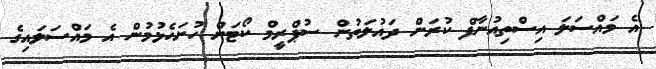
އެ މައްސަލަ އިސްތިއުނާފް ކުރަން ދައުލަތުން ސުޕްރީމް ކޯޓަށް ހުށަހެޅުމުން އެ މައްސަލައިގެ